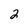
Character: 2